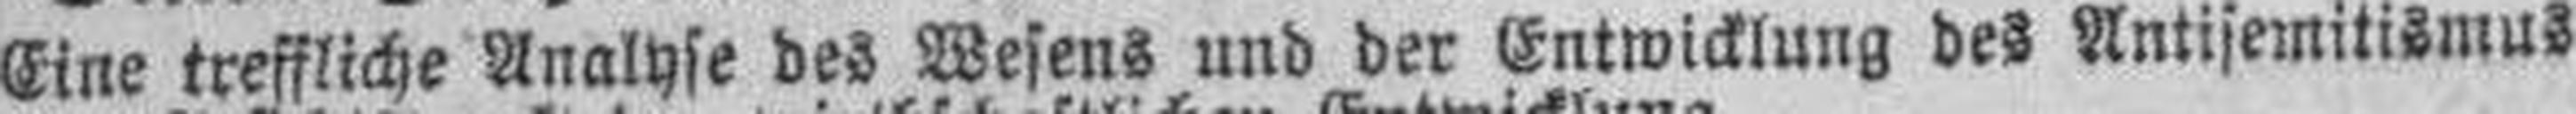
Eine treffliche Analyse des Wesens und der Entwicklung des Antisemitismus